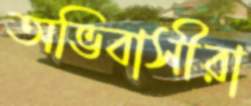
অভিবাসীরা